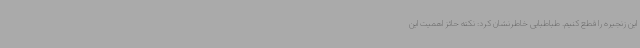
این زنجیره را قطع کنیم. طباطبایی خاطرنشان کرد: نکته حائز اهمیت این